Newspaper: Daily Democrat and news. [volume]
Place of publication: Davenport, Iowa
Publisher: Maguire, Richardson & Co.
Date: 1860-05-25 00:00:00
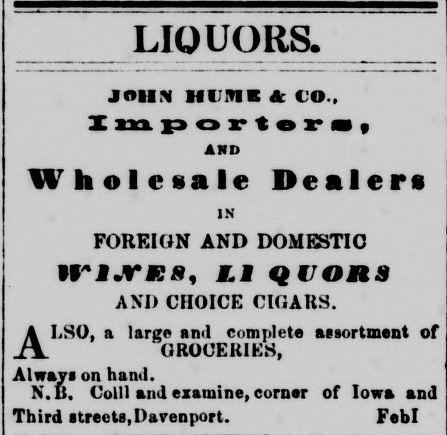
Advertisement text (OCR):
iri.ne«, £i u o a AND CHOICE CIGARS. ALSO, a large and complete aasortment of GROCERIES, Alwaya on hand. N. B. Colli and examine, corner af Iowa and Third atreeta,Davenport. Febl LIQUORS. Join Hl'KII A CO.. o e s AND W o e s a e e a e s IN FOREIGN AND DOMESTIC
Label: text-only